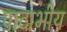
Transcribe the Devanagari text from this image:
पादाभीय